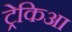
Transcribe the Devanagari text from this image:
ट्रेकिआ